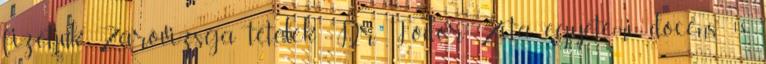
fizetjük Záróvizsga tételek Dr. Fodor Zita egyetemi docens 18.